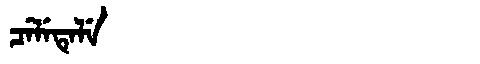
Manchu: ᠴᡝᠯᡝᡨᡝᠯᡝ
Romanization: CELETELE